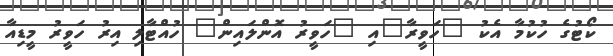
ކޯޓުގެ ހުކުމާ އެކު "ހަވީރާ"އި "ހަވީރު އޮންލައިން" ހުއްޓާލި އިރު ހަވީރު މީޑިއާ